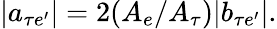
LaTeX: |a_{\tau e^{\prime}}|=2(A_{e}/A_{\tau})|b_{\tau e^{\prime}}|.